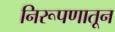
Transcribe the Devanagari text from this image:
निरूपणातून